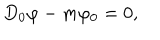
LaTeX: D _ { 0 } \varphi - m \varphi _ { 0 } = 0 ,